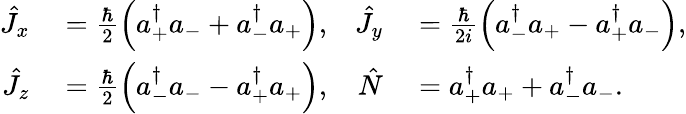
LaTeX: \begin{array}{rlrl}{\hat{J}_{x}}&{{}=\frac{\hbar}{2}\left(a_{+}^{\dagger}a_{-}+a_{-}^{\dagger}a_{+}\right),}&{\hat{J}_{y}}&{{}=\frac{\hbar}{2i}\left(a_{-}^{\dagger}a_{+}-a_{+}^{\dagger}a_{-}\right),}\\ {\hat{J}_{z}}&{{}=\frac{\hbar}{2}\left(a_{-}^{\dagger}a_{-}-a_{+}^{\dagger}a_{+}\right),}&{\hat{N}}&{{}=a_{+}^{\dagger}a_{+}+a_{-}^{\dagger}a_{-}.}\end{array}